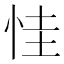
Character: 㤬